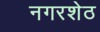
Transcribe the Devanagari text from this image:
नगरशेठ